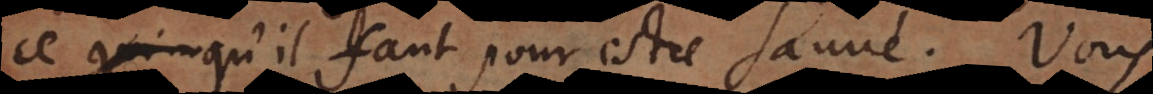
ce qu’il faut pour estre sauvé. Vou